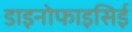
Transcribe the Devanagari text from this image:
डाइनोफाइसिई